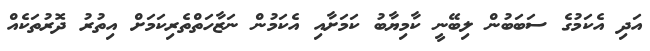
އަދި އެކަމުގެ ސަބަބުން ލިބޭނީ ކާމިޔާބު ކަމަށާއި އެކަމުން ނަޒާހަތްތެރިކަމަށް އިތުރު ދޮރުތަކެއް